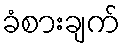
ခံစားချက်